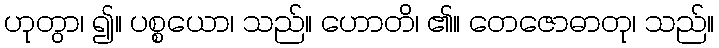
ဟုတွာ၊ ၍။ ပစ္စယော၊ သည်။ ဟောတိ၊ ၏။ တေဇောဓာတု၊ သည်။